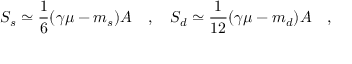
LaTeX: S _ { s } \simeq { \frac { 1 } { 6 } } ( \gamma \mu - m _ { s } ) { \cal A } ~ ~ ~ , ~ ~ ~ S _ { d } \simeq { \frac { 1 } { 1 2 } } ( \gamma \mu - m _ { d } ) { \cal A } ~ ~ ~ ,